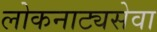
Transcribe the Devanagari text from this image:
लोकनाट्यसेवा